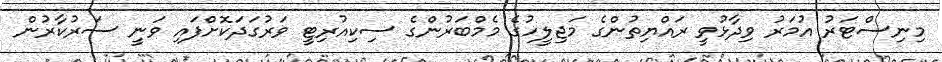
މިނިސްޓަރު އުމަރު ވިދާޅުވީ ރައްޔިތުންގެ މަޖިލީހުގެ މެމްބަރުންގެ ސިކިއުރިޓީ ވަރުގަދަކޮށްފައި ވަނީ ސަރުކާރުން